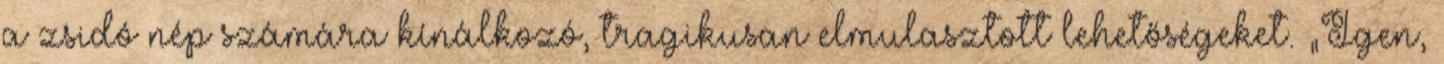
a zsidó nép számára kínálkozó, tragikusan elmulasztott lehetőségeket. „Igen,